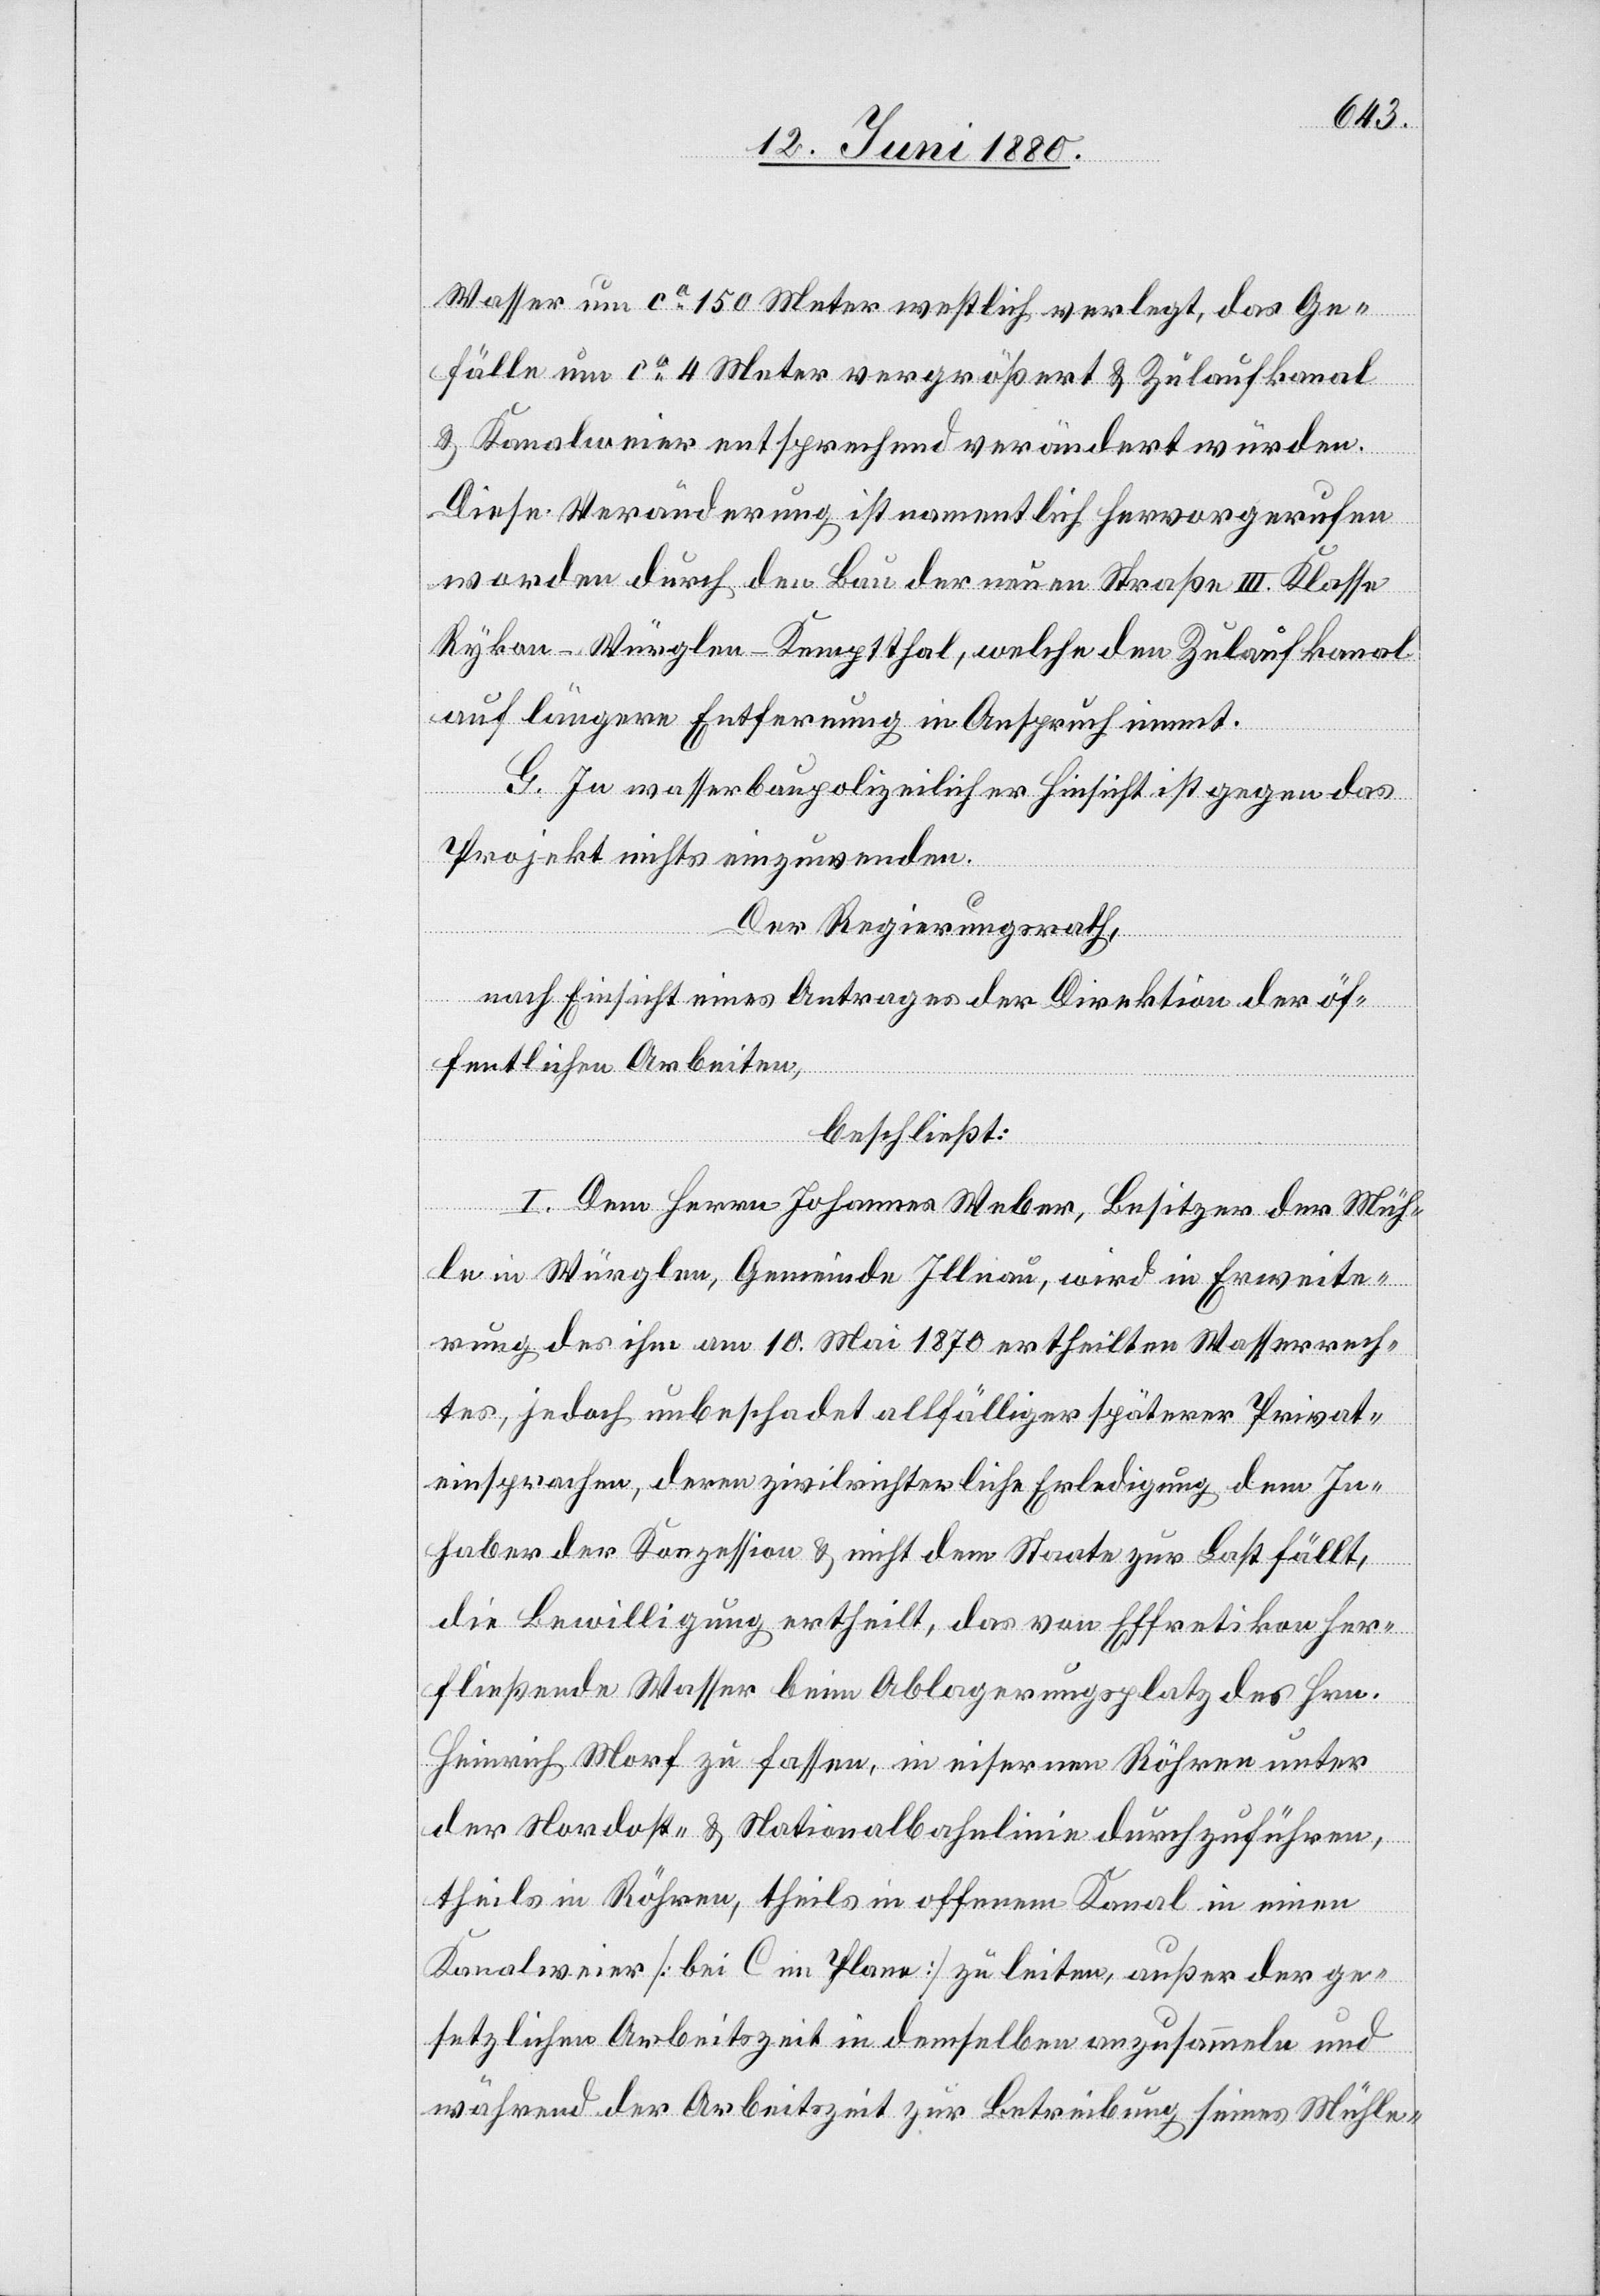
Wasser um ca 150 Meter westlich verlegt, das Ge¬
fälle um ca 4 Meter vergrößert & Zulaufkanal
& Kanalweier entsprechend verändert würden.
Diese Veränderung ist namentlich hervorgerufen
worden durch den Bau der neuen Straße III. Klasse
Rykon–Würglen–Kemptthal, welche den Zulaufkanal
auf längere Entfernung in Anspruch nimmt.
G. In wasserbaupolizeilicher Hinsicht ist gegen das
Projekt nichts einzuwenden.
Der Regierungsrath,
nach Einsicht eines Antrages der Direktion der öf¬
fentlichen Arbeiten,
beschließt:
I. Dem Herrn Johannes Weber, Besitzer der Müh¬
le in Würglen, Gemeinde Illnau, wird in Erweite¬
rung des ihm am 10. Mai 1870 ertheilten Wasserrech¬
tes, jedoch unbeschadet allfälliger späterer Privat¬
einsprachen, deren zivilrichterliche Erledigung dem In¬
haber der Konzession & nicht dem Staate zur Last fällt,
die Bewilligung ertheilt, das von Effretikon her¬
fließende Wasser beim Ablagerungsplatz des Hrn.
Heinrich Morf zu fassen, in eisernen Röhren unter
der Nordost- & Nationalbahnlinie durchzuführen,
theils in Röhren, theils in offenem Kanal in einen
Kanalweier [bei C im Plane] zu leiten, außer der ge¬
setzlichen Arbeitszeit in demselben anzusammeln und
während der Arbeitszeit zur Betreibung seines Mühle-